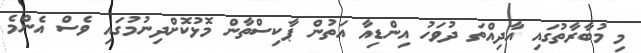
މި މުބާރާތުގައި އާދިއްތަ ދުވަހު އިންޑިއާ އަތުން ޕާކިސްތާން މޮޅުކޮށްދިނުމުގައި ވެސް އެންމެ